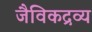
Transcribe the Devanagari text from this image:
जैविकद्रव्य